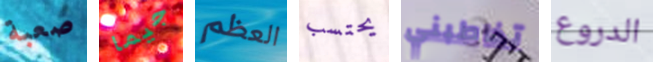
صعبة جيما العظم يحتسب تخاطبني الدروع